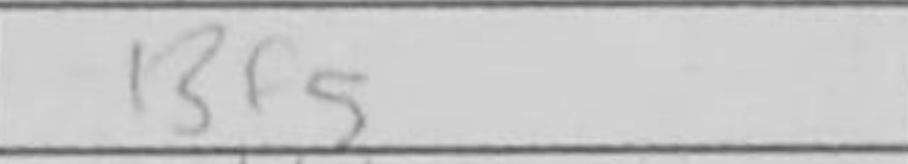
Transcription: Bf5